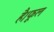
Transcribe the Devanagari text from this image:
है।फूल